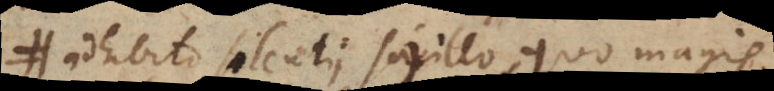
adhibito silentii sigillo, quo magis